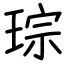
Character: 琮